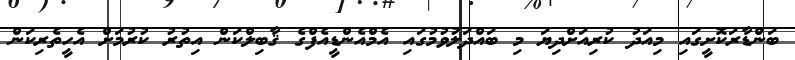
ބަންޑާރަކޮށީގައި މިއަދު ކުރިއަށްދިޔަ މި ބައްދަލުވުމުގައި އެމްއެންޑީއެފްގެ ޤާބިލްކަން އިތުރު ކުރުމަށް އެހީތެރިކަން